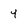
Character: Y